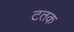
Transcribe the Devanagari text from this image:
टतक